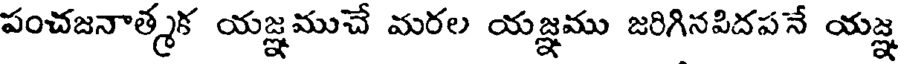
పంచజనాత్మక యజ్ఞముచే మరల యజ్ఞము జరిగినపిదపనే యజ్ఞ